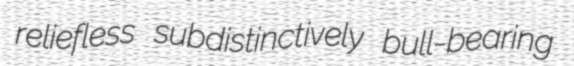
reliefless subdistinctively bull-bearing